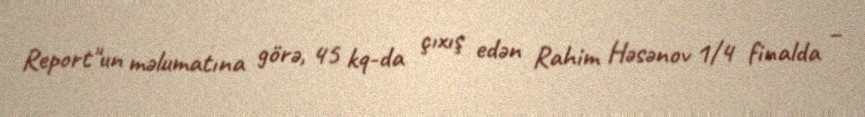
Report"un məlumatına görə, 45 kq-da çıxış edən Rahim Həsənov 1/4 finalda –